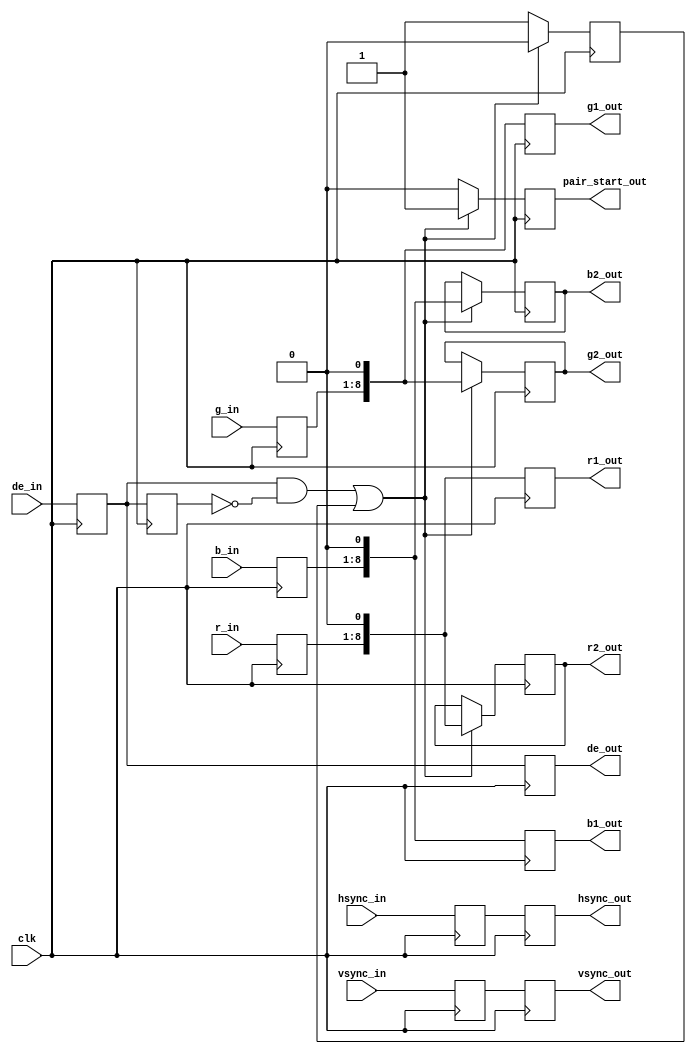
`timescale 1ns / 1ps
//////////////////////////////////////////////////////////////////////////////////
// Company: 
// Engineer: 
// 
// Design Name: 
// Module Name:    convert_444_422 
// Project Name: 
// Target Devices: 
// Tool versions: 
// Description: 
//
// Dependencies: 
//
// Revision: 
// Revision 0.01 - File Created
// Additional Comments: 
//
//////////////////////////////////////////////////////////////////////////////////
module convert_444_422(
//input signal 
    input clk,
    input [7:0] r_in,           //  R
    input [7:0] g_in,           // G
    input [7:0] b_in,           // B
    input hsync_in,
    input vsync_in,
    input de_in,
    
//output signal 
    output [8:0] r1_out,
    output [8:0] g1_out,
    output [8:0] b1_out,
    output [8:0] r2_out,
    output [8:0] g2_out,
    output [8:0] b2_out,
    output pair_start_out,
    output hsync_out,
    output vsync_out,
    output de_out
    );
    reg [8:0] r1_out_r;
    reg [8:0] g1_out_r;
    reg [8:0] b1_out_r;
    reg [8:0] r2_out_r;
    reg [8:0] g2_out_r;
    reg [8:0] b2_out_r;
    reg pair_start_out_r;
    reg hsync_out_r;
    reg vsync_out_r;
    reg de_out_r;
     
    reg [7:0] r_a;
    reg [7:0] g_a;
    reg [7:0] b_a;
    reg h_a;
    reg v_a;
    reg d_a;
    reg d_a_last;
 
    reg flag;    //flag is used to work out which pairs of pixels to sum.
    
 always@(posedge clk) begin
 //sync pairs to the de_in going high (if a scan line has odd pixel count)
      if ((d_a == 1'b1 & d_a_last == 1'b0) || flag == 1'b1) begin
//  ok	 r_a ,g_a, b_a  2 	
		   r2_out_r <= {r_a,1'b0};
         g2_out_r <= {g_a,1'b0};
         b2_out_r <= {b_a,1'b0};
			
// ok   r_a ,g_a, b_a  2
//       r2_out_r <= {1'b0,r_a} +  {1'b0,r_in};  
       //r2_out_r <= {1'b0,r_a} +  {1'b0,r_a}; 
       //r2_out_r <= {1'b0,r_in} +  {1'b0,r_in};  
		 
//       g2_out_r <= {1'b0,g_a} +  {1'b0,g_in};
//       b2_out_r <= {1'b0,b_a} +  {1'b0,b_in};		

// ok but colour is light
//         r2_out_r <= {1'b0,r_a} ;//+  {1'b0,r_in};
//         g2_out_r <= {1'b0,g_a} ;//+  {1'b0,g_in};
//         b2_out_r <= {1'b0,b_a};// +  {1'b0,b_in};		
			
         flag   <= 1'b0;
         pair_start_out_r <= 1'b1;
      end
      else begin
         flag <= 1'b1;
         pair_start_out_r <= 1'b0;
      end
      
		//  r1 & g1 & b1 
      r1_out_r    <= {r_a,1'b0};
      g1_out_r    <= {g_a,1'b0};
      b1_out_r    <= {b_a,1'b0};
		
      hsync_out_r <= h_a;
      vsync_out_r <= v_a;
      de_out_r    <= d_a;
      d_a_last    <= d_a;
   
      r_a <= r_in;
      g_a <= g_in;
      b_a <= b_in;
      h_a <= hsync_in;
      v_a <= vsync_in;
      d_a <= de_in;
          
 end   
 
 assign   r1_out = r1_out_r;
 assign   g1_out = g1_out_r;
 assign   b1_out = b1_out_r;
 assign   r2_out = r2_out_r;
 assign   g2_out = g2_out_r;
 assign   b2_out = b2_out_r;
 assign   pair_start_out = pair_start_out_r;
 assign   hsync_out = hsync_out_r;
 assign   vsync_out = vsync_out_r;
 assign   de_out = de_out_r;
    
endmodule